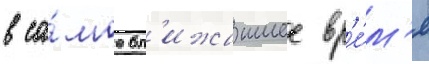
в са́мое бл'ижаишее вр'е́м'я